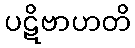
ပဋိဗာဟတိ